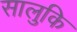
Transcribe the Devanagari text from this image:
सालुकि